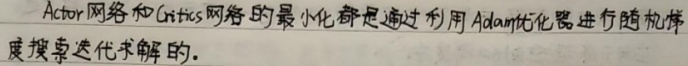
Actor网络和Critics网络的最小化都是通过利用Adam优化器进行随机梯度搜索迭代求解的。